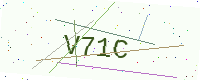
Text: V71C